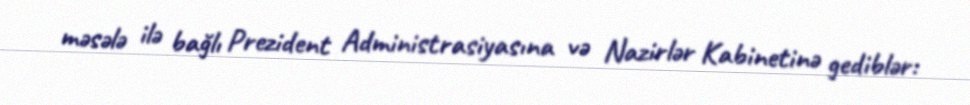
məsələ ilə bağlı Prezident Administrasiyasına və Nazirlər Kabinetinə gediblər: